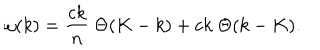
LaTeX: \omega ( k ) = { \frac { c k } { n } } \; \Theta ( K - k ) + c k \; \Theta ( k - K ) .